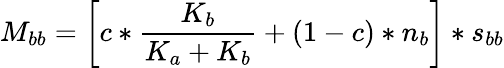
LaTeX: M_{bb}=\left[c*\frac{K_{b}}{K_{a}+K_{b}}+(1-c)*n_{b}\right]*s_{bb}